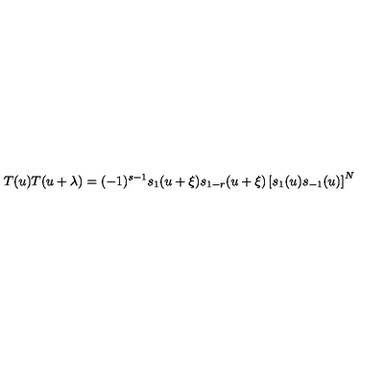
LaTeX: T ( u ) T ( u + \lambda ) = ( - 1 ) ^ { s - 1 } s _ { 1 } ( u + \xi ) s _ { 1 - r } ( u + \xi ) \left[ s _ { 1 } ( u ) s _ { - 1 } ( u ) \right] ^ { N }